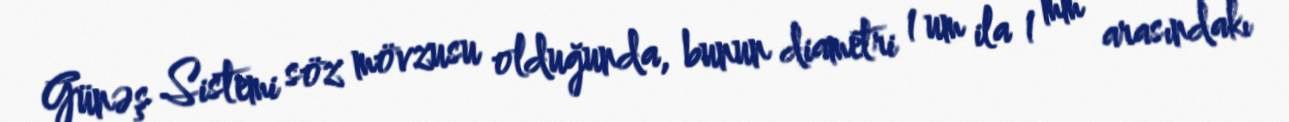
Günəş Sistemi söz mövzusu olduğunda, bunun diametri 1 um ila 1 mm arasındakı